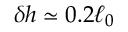
\delta h \simeq 0 . 2 \ell _ { 0 }